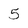
Character: 5